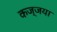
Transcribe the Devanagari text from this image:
कज्जया